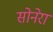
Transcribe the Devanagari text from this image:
सोनेरा